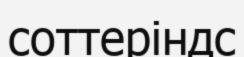
соттеріндс